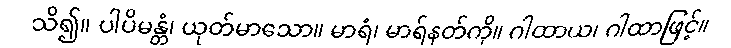
သိ၍။ ပါပိမန္တံ၊ ယုတ်မာသော။ မာရံ၊ မာရ်နတ်ကို။ ဂါထာယ၊ ဂါထာဖြင့်။